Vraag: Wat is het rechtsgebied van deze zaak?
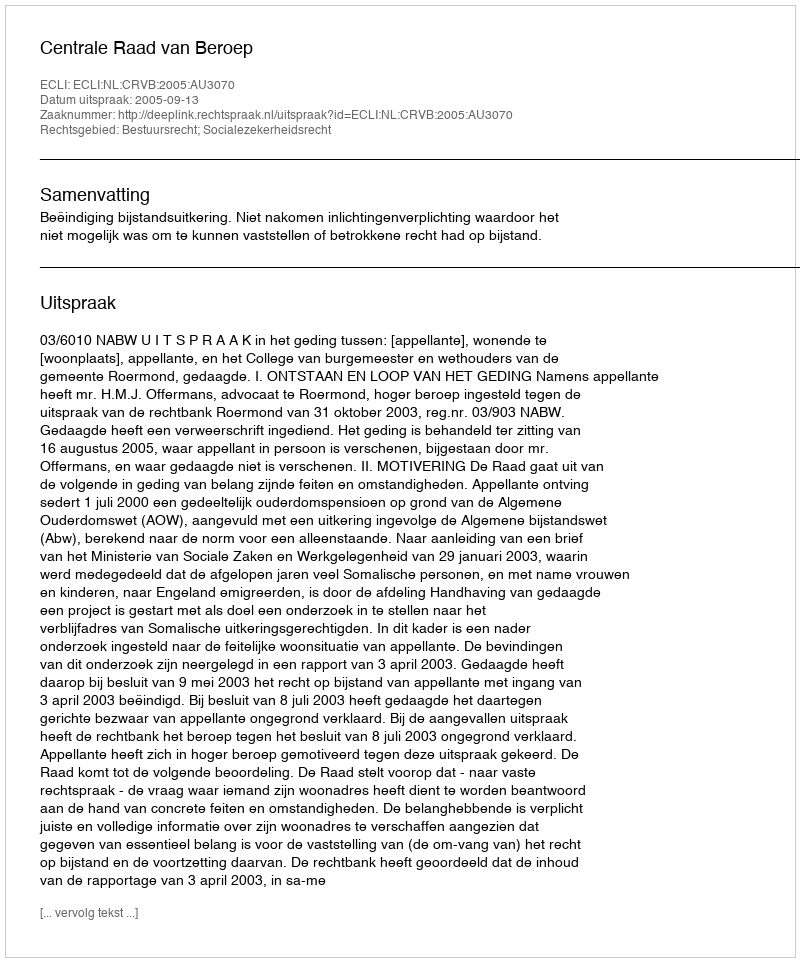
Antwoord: Bestuursrecht; Socialezekerheidsrecht